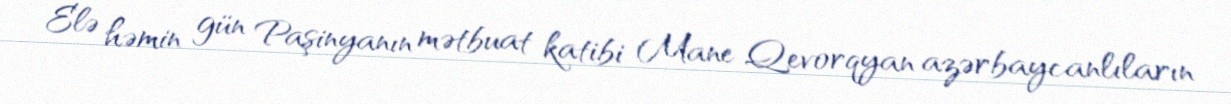
Elə həmin gün Paşinyanın mətbuat katibi Mane Qevorqyan azərbaycanlıların